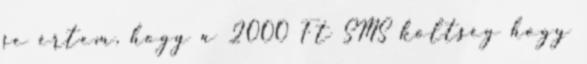
se értem, hogy a 2000 Ft SMS költség hogy